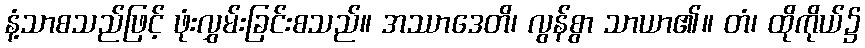
နံ့သာစသည်ဖြင့် ဖုံးလွှမ်းခြင်းစသည်။ အဿာဒေတိ၊ လွန်စွာ သာယာ၏။ တံ၊ ထိုကိုယ်၌